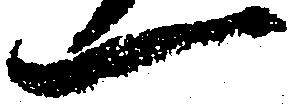
一